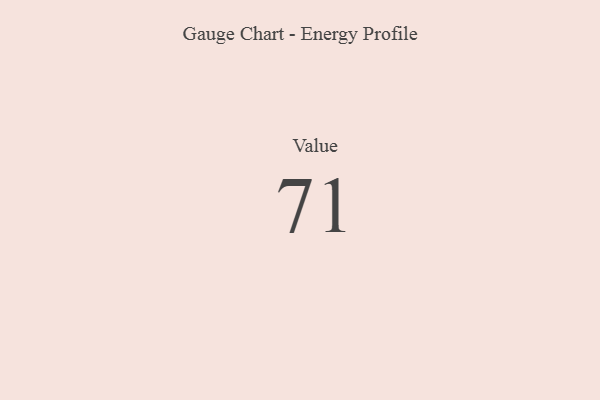
{"axis": {"x": "Metric", "y": "Value"}, "legend": [""], "data": [{"x": "Value", "y": 71, "type": ""}]}